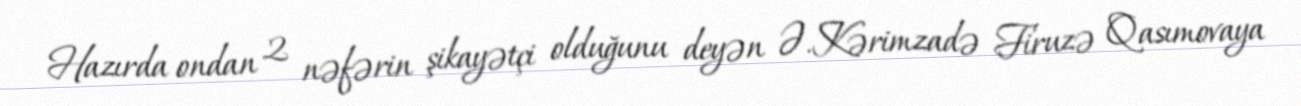
Hazırda ondan 2 nəfərin şikayətçi olduğunu deyən Ə.Kərimzadə Firuzə Qasımovaya